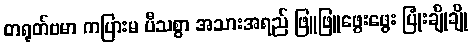
တရုတ်ဗမာ ကပြားမ ပီသစွာ အသားအရည် ဖြူဖြူဖွေးဖွေး ပြုံးချိုချို